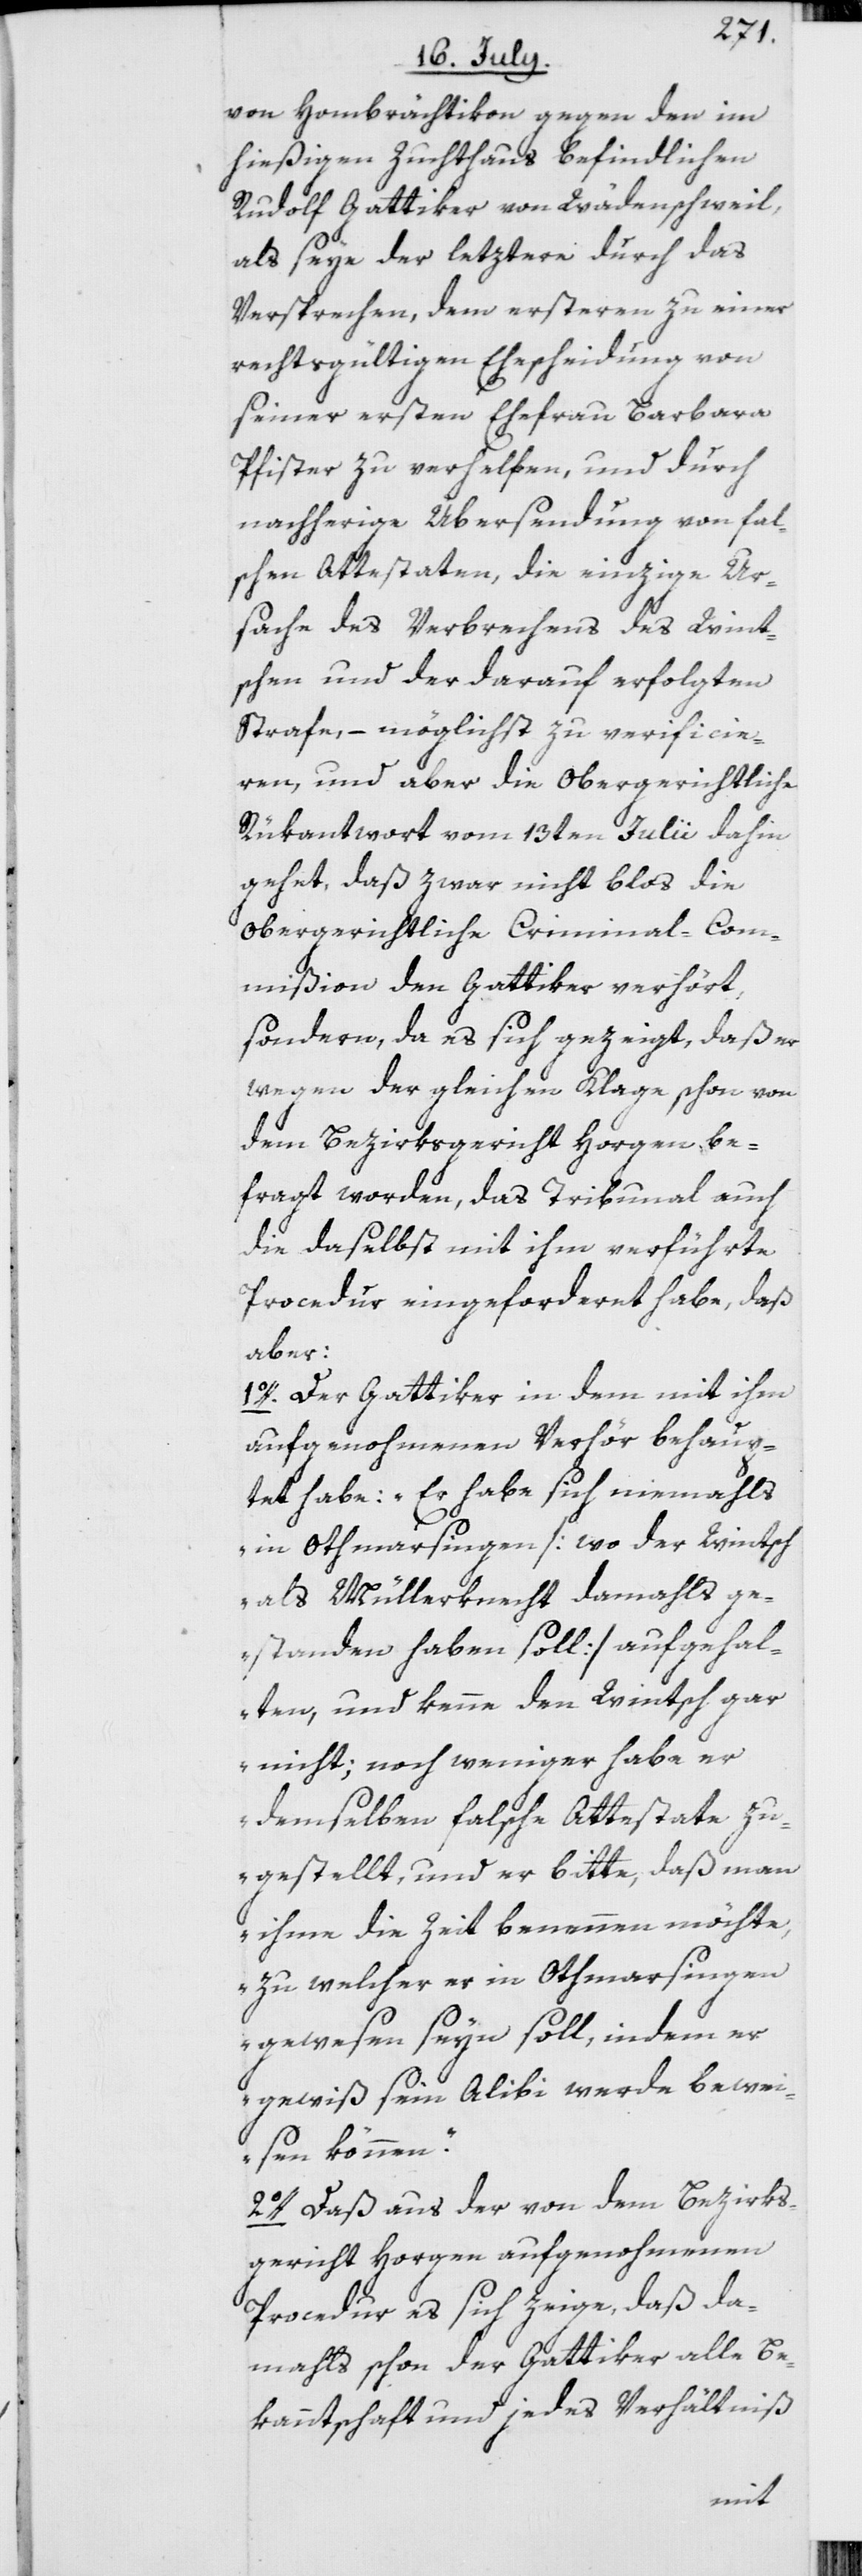
von Hombrächtikon gegen den im
hießigen Zuchthaus befindlichen
Rudolf Gattiker von Wädenschweil,
als seye der letztere durch das
Versprechen, dem ersteren zu einer
rechtsgültigen Ehescheidung von
seiner ersten Ehefrau Barbara
Pfister zu verhelfen, und durch
nachherige Übersendung von fal¬
schen Attestaten, die einzige Ur¬
sache des Verbrechens des Wint¬
schen und der darauf erfolgten
Strafe, – möglichst zu verificie¬
ren, und aber die obergerichtliche
Rükantwort vom 13ten Julii dahin
gehet, daß zwar nicht blos die
obergerichtliche Criminal-Com¬
mißion den Gattiker verhört,
sondern, da es sich gezeigt, daß er
wegen der gleichen Klage schon von
dem Bezirksgericht Horgen be¬
fragt worden, das Tribunal auch
die daselbst mit ihm verführte
Procedur eingeforderet habe, daß
aber:
1o. Der Gattiker in dem mit ihm
aufgenohmenen Verhör behaup¬
tet habe: „Er habe sich niemahls
in Othmarsingen [wo der Wintsch
als Müllerknecht damahls g¬
estanden haben soll] aufgehal¬
ten, und kenne den Wintsch gar
nicht; noch weniger habe er
demselben falsche Attestate zu¬
gestellt und er bitte, daß man
ihme die Zeit benennen möchte,
zu welcher er in Othmarsingen
gewesen seyn soll, indem er
gewiß sein Alibi werde bewei¬
sen können.“
2o. Daß aus der von dem Bezirks¬
gericht Horgen aufgenohmenen
Procedur es sich zeige, daß da¬
mahls schon der Gattiker alle Be¬
kanntschaft und jedes Verhältniß